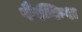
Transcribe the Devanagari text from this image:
फैन्किश